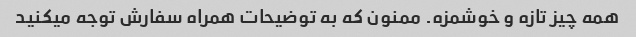
همه چیز تازه و خوشمزه. ممنون که به توضیحات همراه سفارش توجه میکنید